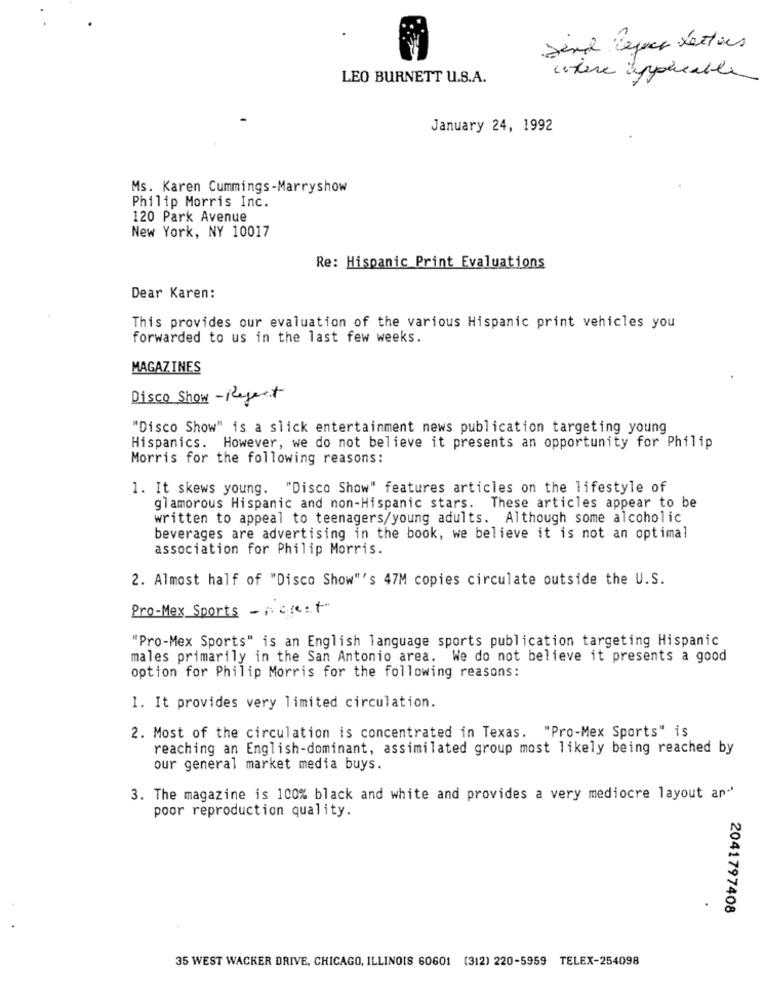
send Repas Lettons
LEO BURNETT U.S.A.
where applicable
January 24, 1992
Ms. Karen Cummings-Marryshow
Philip Morris Inc.
120 Park Avenue
New York, NY 10017
Re: Hispanic Print Evaluations
Dear Karen:
This provides our evaluation of the various Hispanic print vehicles you
forwarded to us in the last few weeks.
MAGAZINES
Disco Show - Regent
"Disco Show" is a slick entertainment news publication targeting young
Hispanics. However, we do not believe it presents an opportunity for Philip
Morris for the following reasons:
1. It skews young. "Disco Show" features articles on the lifestyle of
glamorous Hispanic and non-Hispanic stars. These articles appear to be
written to appeal to teenagers/young adults. Although some alcoholic
beverages are advertising in the book, we believe it is not an optimal
association for Philip Morris.
2. Almost half of "Disco Show"'s 47M copies circulate outside the U.S.
Pro-Mex Sports -n. c .: +
"Pro-Mex Sports" is an English language sports publication targeting Hispanic
males primarily in the San Antonio area. We do not believe it presents a good
option for Philip Morris for the following reasons:
1. It provides very limited circulation.
2. Most of the circulation is concentrated in Texas. "Pro-Mex Sports" is
reaching an English-dominant, assimilated group most likely being reached by
our general market media buys.
3. The magazine is 100% black and white and provides a very mediocre layout an-'
poor reproduction quality.
2041797408
35 WEST WACKER DRIVE, CHICAGO, ILLINOIS 60601 (312) 220-5959 TELEX-254098